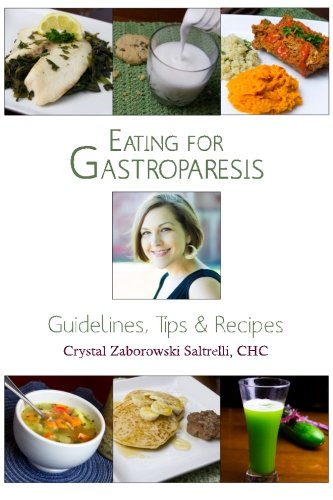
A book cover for Eating for Gastroparesis: Guidelines, Tips & Recipes; Crystal Zaborowski Saltrelli CHC; Health, Fitness & Dieting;